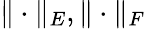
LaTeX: \| \cdot\| _{E},\| \cdot\| _{F}